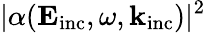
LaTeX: |\alpha(\mathbf{E}_{\mathrm{{inc}}},\omega,\mathbf{k}_{\mathrm{{inc}}})|^{2}